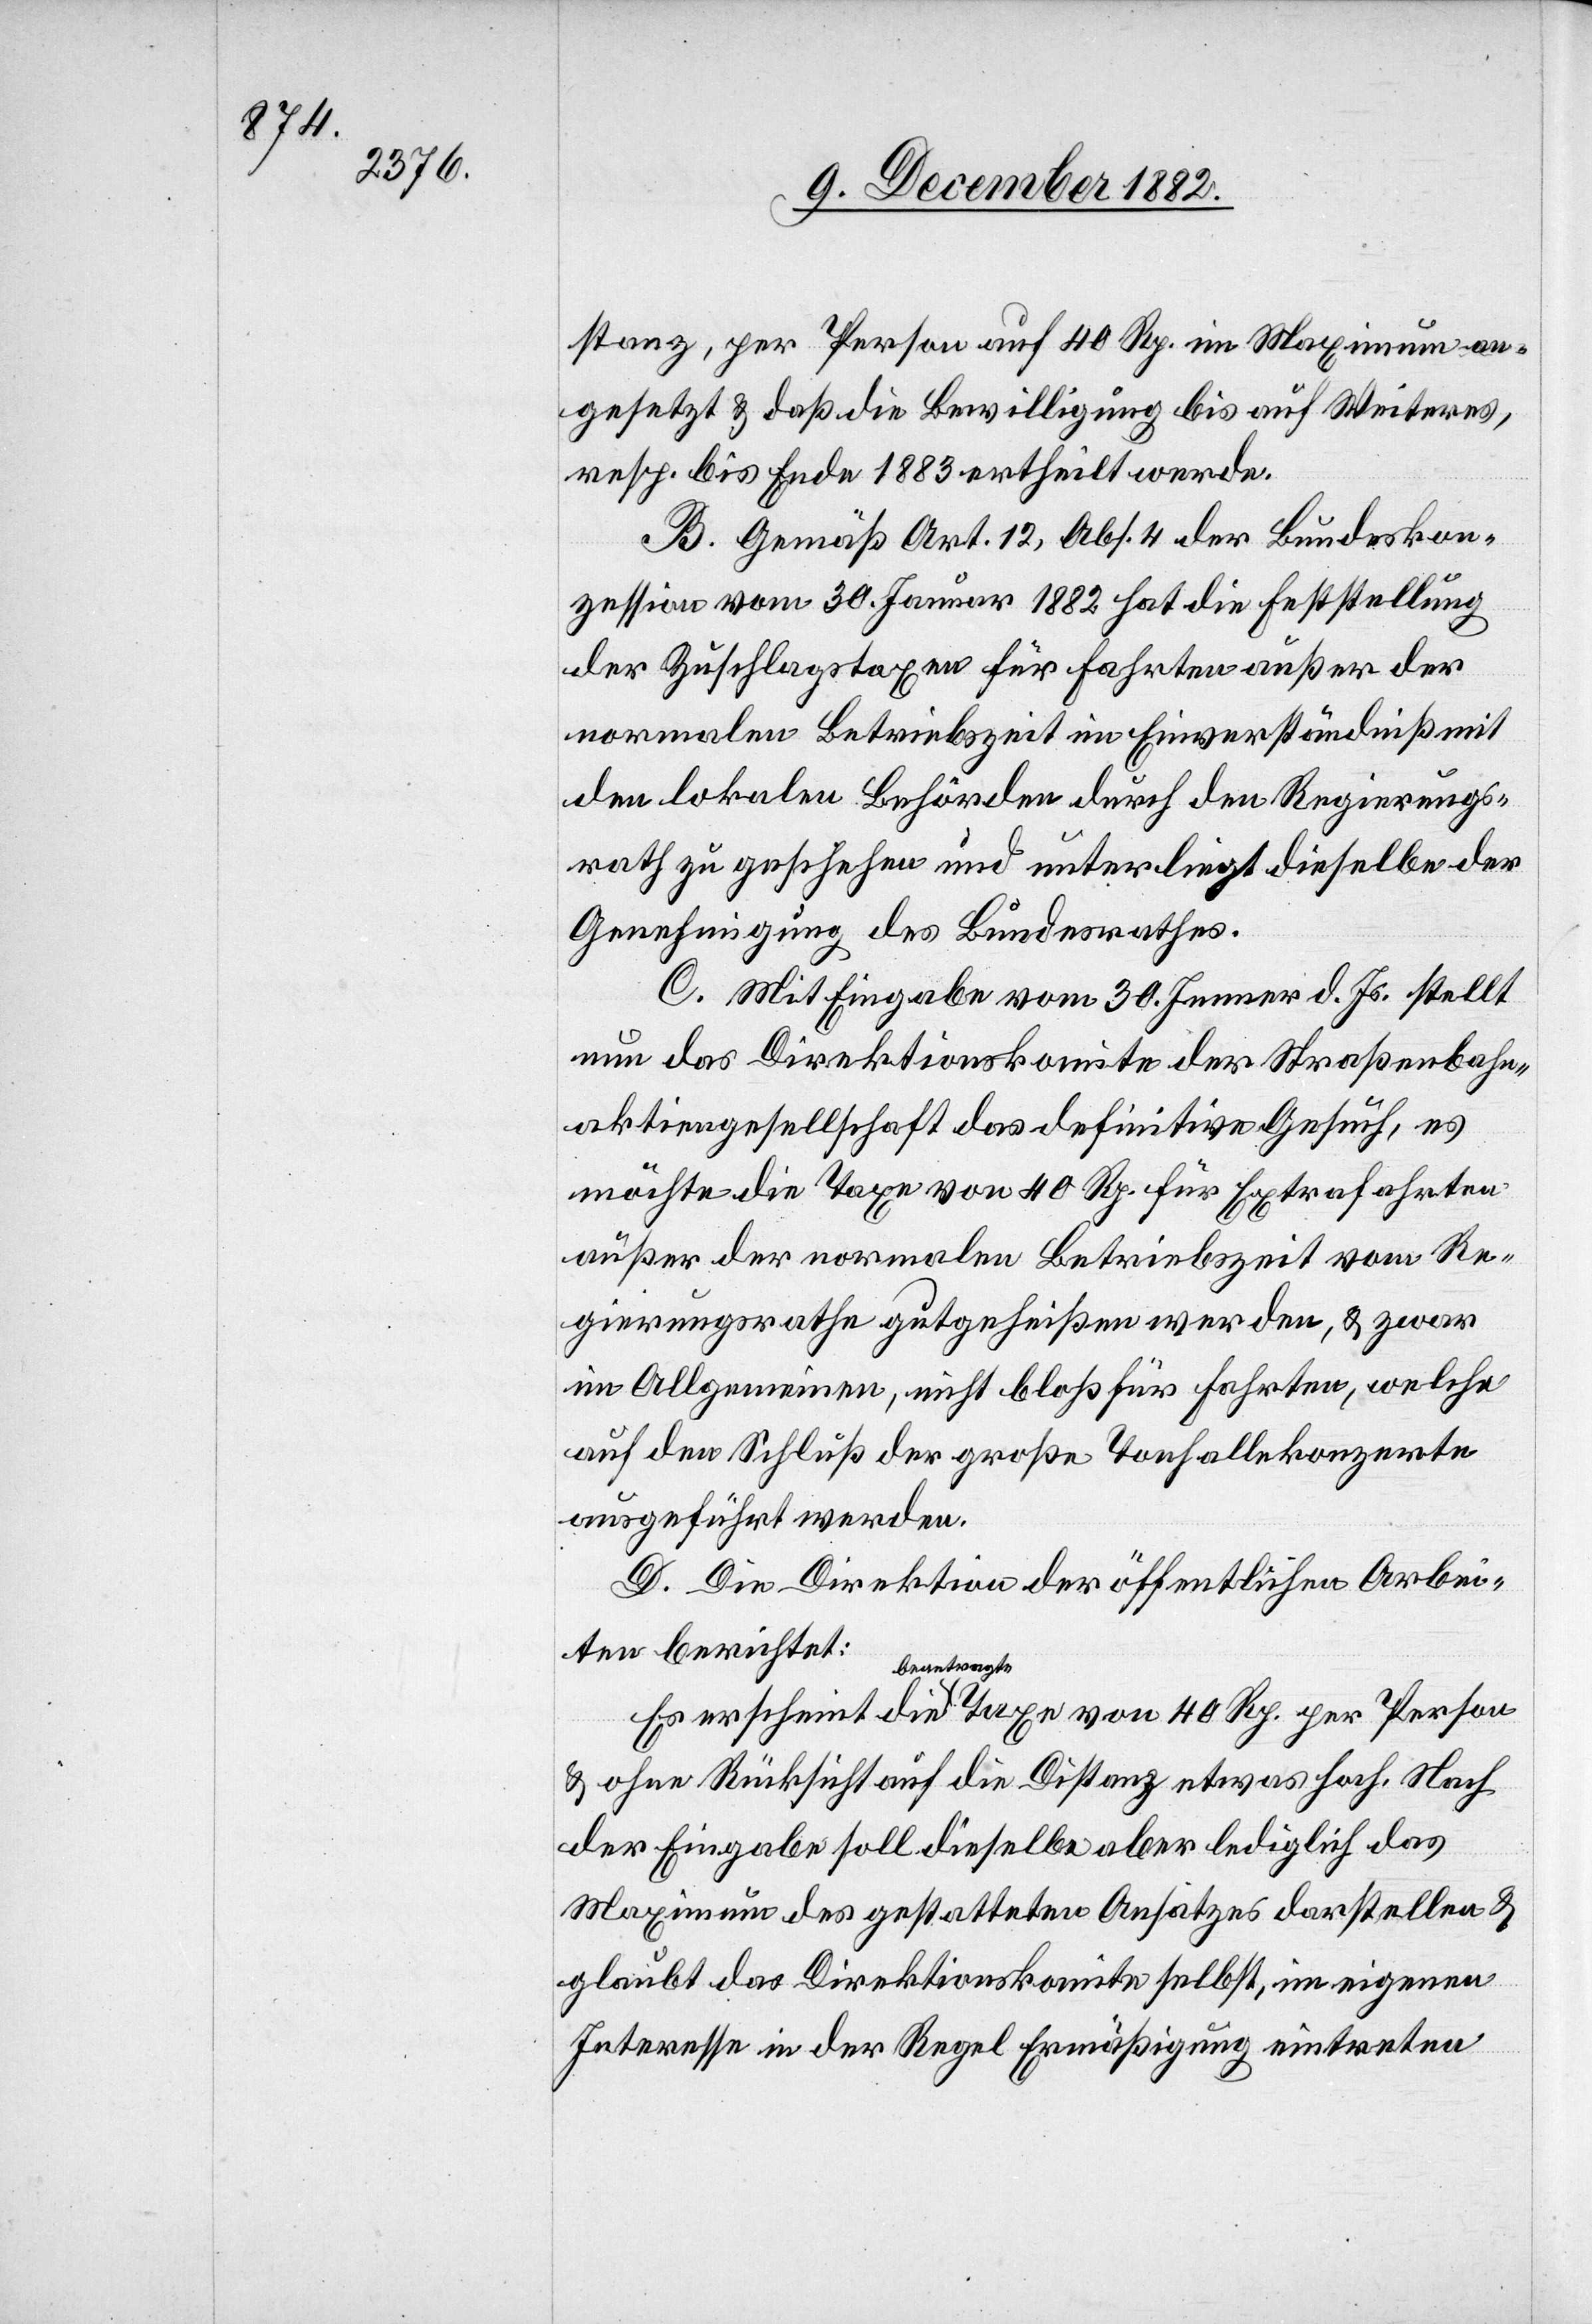
stanz, per Person auf 40 Rp. im Maximum an¬
gesetzt & daß die Bewilligung bis auf Weiteres,
resp. bis Ende 1883 ertheilt werde.
B. Gemäß Art. 12, Abs. 4 der Bundeskon¬
zession vom 30. Januar 1882 hat die Feststellung
der Zuschlagstaxen für Fahrten außer der
normalen Betriebszeit im Einverständniß mit
den lokalen Behörden durch den Regierungs¬
rath zu geschehen und unterliegt dieselbe der
Genehmigung des Bundesrathes.
C. Mit Eingabe vom 30. Jenner d. Js. stellt
nun das Direktionskomite der Straßenbahn¬
aktiengesellschaft das definitive Gesuch, es
möchte die Taxe von 40 Rp. für Extrafahrten
außer der normalen Betriebszeit vom Re¬
gierungsrathe gutgeheißen werden, & zwar
im Allgemeinen, nicht bloß für Fahrten, welche
auf den Schluß der große[n] Tonhallekonzerte
ausgeführt werden.
D. Die Direktion der öffentlichen Arbei¬
ten berichtet:
beantragte
& ohne Rücksicht auf die Distanz etwas hoch. Nach
der Eingabe soll dieselbe aber lediglich das
Maximum des gestatteten Ansatzes darstellen &
glaubt das Direktionskomite selbst, im eigenen
Interesse in der Regel Ermäßigung eintreten